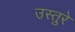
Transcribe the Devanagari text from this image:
उस्तुरे